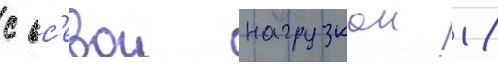
с ос'евои нагрузкои 18